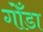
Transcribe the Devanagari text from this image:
गोँडा